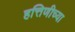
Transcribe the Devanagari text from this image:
हत्तिणीच्या